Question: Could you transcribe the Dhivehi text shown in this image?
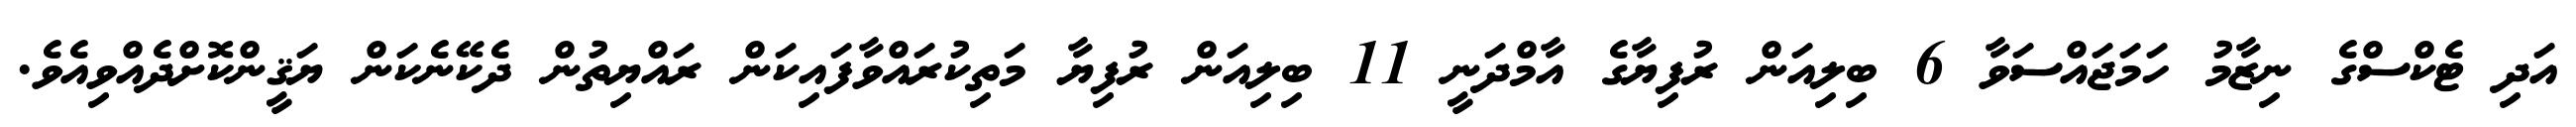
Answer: އަދި ޓެކްސްގެ ނިޒާމު ހަމަޖައްސަވާ 6 ބިލިއަން ރުފިޔާގެ އާމްދަނީ 11 ބިލިއަން ރުފިޔާ މަތިކުރައްވާފައިކަން ރައްޔިތުން ދެކޭނެކަން ޔަޤީންކޮށްދެއްވިއެވެ.